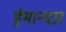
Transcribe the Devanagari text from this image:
ईमान्दार